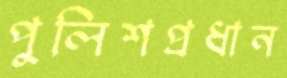
পুলিশপ্রধান